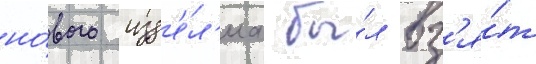
но́вого изд'е́л'иа бы́л вз'я́т